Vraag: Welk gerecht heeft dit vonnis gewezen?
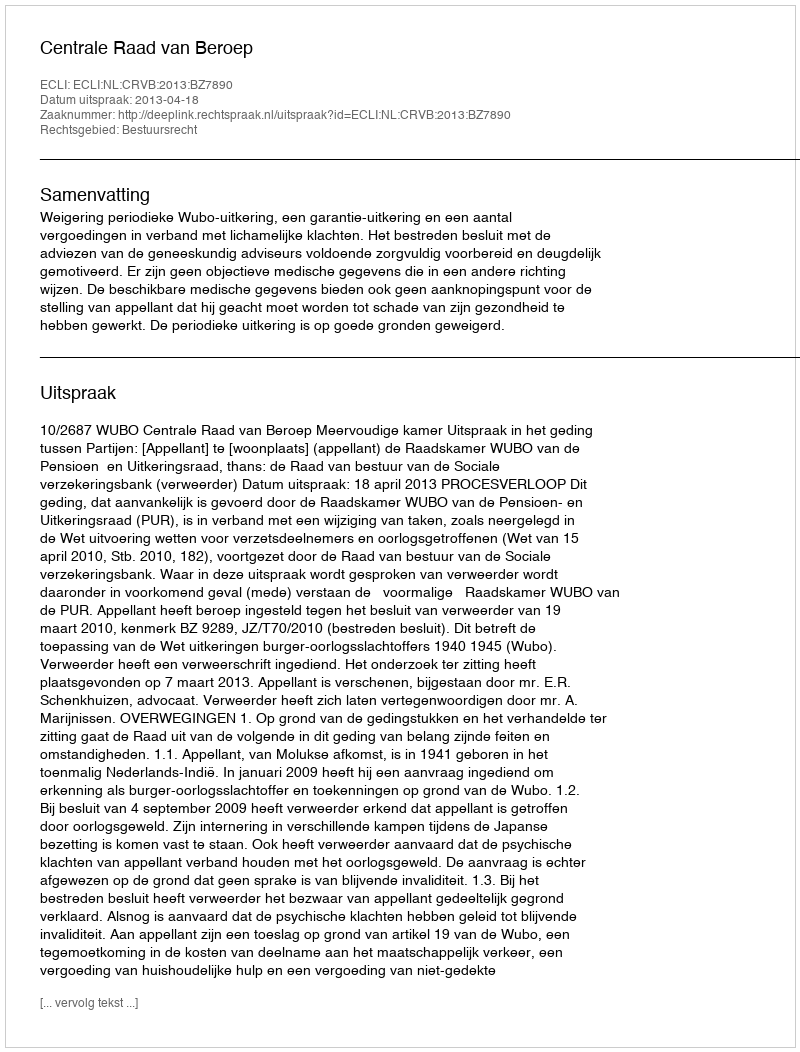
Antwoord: Centrale Raad van Beroep